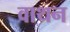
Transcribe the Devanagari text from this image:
वाथन